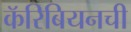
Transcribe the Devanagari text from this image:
कॅरिबियनची